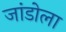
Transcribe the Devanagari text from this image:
जांडोला